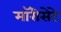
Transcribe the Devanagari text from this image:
मॉरीसेटे